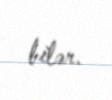
bilər.